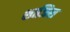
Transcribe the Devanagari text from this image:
शाजिस